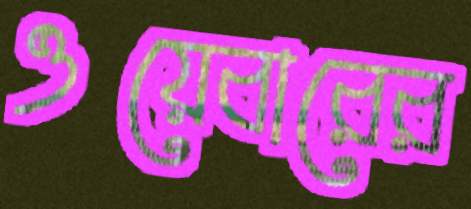
ওয়েবারের